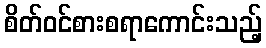
စိတ်ဝင်စားစရာကောင်းသည့်